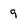
Character: 9